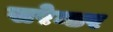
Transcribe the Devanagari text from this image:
सरेन्डर